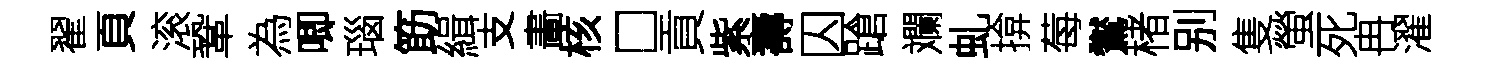
翟頁滚鞏為唧瑙筯緝支畵核□貢紫壽囚蹌斕虬揜莓鸑楮别隻螢死冉濯